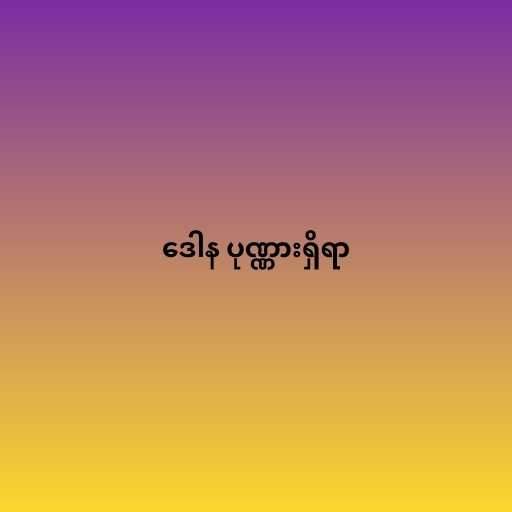
ဒေါန ပုဏ္ဏားရှိရာ